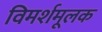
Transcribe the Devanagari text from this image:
विमर्शमूलक